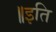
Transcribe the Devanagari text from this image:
॥इति